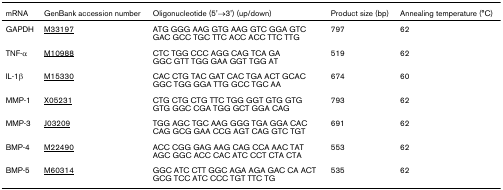
<table><thead><tr><td><b>mRNA</b></td><td><b>GenBank accession number</b></td><td><b>Oligonucleotide (5&#x27;→3&#x27;) (up/down)</b></td><td><b>Product size (bp)</b></td><td><b>Annealing temperature (°C)</b></td></tr></thead><tbody><tr><td>GAPDH</td><td>M33197</td><td>ATG GGG AAG GTG AAG GTC GGA GTCGAC GCC TGC TTC ACC ACC TTC TTG</td><td>797</td><td>62</td></tr><tr><td>TNF-α</td><td>M10988</td><td>CTC TGG CCC AGG CAG TCA GAGGC GTT TGG GAA GGT TGG AT</td><td>519</td><td>62</td></tr><tr><td>IL-1β</td><td>M15330</td><td>CAC CTG TAC GAT CAC TGA ACT GCACGGC TGG GGA TTG GCC TGC AA</td><td>674</td><td>60</td></tr><tr><td>MMP-1</td><td>X05231</td><td>CTG CTG CTG TTC TGG GGT GTG GTGGTG GGC CGA TGG GCT GGA CAG</td><td>793</td><td>62</td></tr><tr><td>MMP-3</td><td>J03209</td><td>TGG AGC TGC AAG GGG TGA GGA CACCAG GCG GAA CCG AGT CAG GTC TGT</td><td>691</td><td>62</td></tr><tr><td>BMP-4</td><td>M22490</td><td>ACC CGG GAG AAG CAG CCA AAC TATAGC GGC ACC CAC ATC CCT CTA CTA</td><td>553</td><td>62</td></tr><tr><td>BMP-5</td><td>M60314</td><td>GGC ATC CTT GGC AGA AGA GAC CA ACTGCG TCC ATC CCC TGT TTC TG</td><td>535</td><td>62</td></tr></tbody></table>